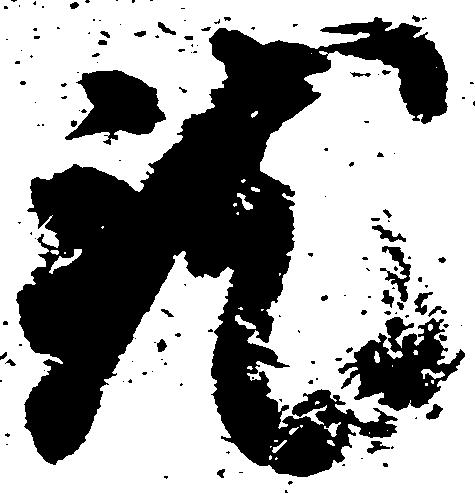
就